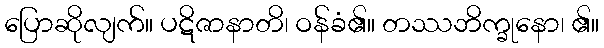
ပြောဆိုလျက်။ ပဋိဇာနာတိ၊ ဝန်ခံ၏။ တဿဘိက္ခုနော၊ ၏။